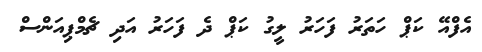
އެފްއޭ ކަޕް ހަތަރު ފަހަރު ލީގު ކަޕް ދެ ފަހަރު އަދި ޗެމްޕިއަންސް